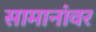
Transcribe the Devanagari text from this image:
सामानांवर